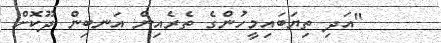
"އަދި ތިޔަބައިމީހުންގެ ތެރެއިން އަނބިން ދޫކޮށް